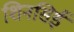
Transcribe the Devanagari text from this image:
शिनसिई